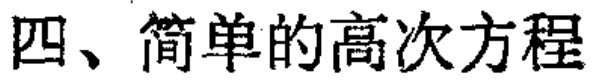
四、简单的高次方程